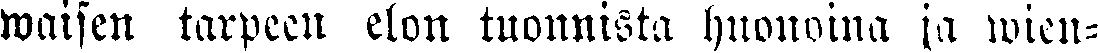
waisen tarpeen elon tuonnista huonoina ja wien-